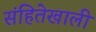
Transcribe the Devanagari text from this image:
संहितेखाली